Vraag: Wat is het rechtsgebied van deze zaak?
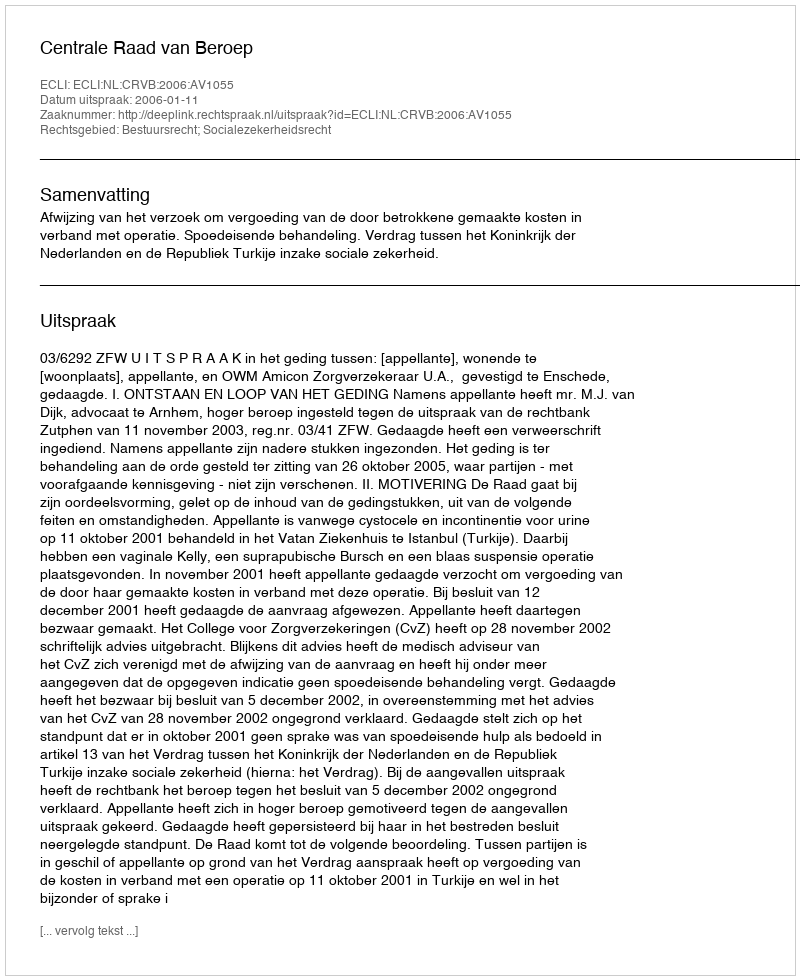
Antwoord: Bestuursrecht; Socialezekerheidsrecht